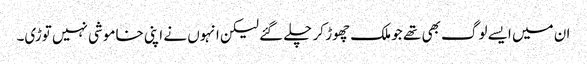
ان میں ایسے لوگ بھی تھے جو ملک چھوڑ کر چلے گئے لیکن انہوں نے اپنی خاموشی نہیں توڑی۔